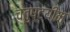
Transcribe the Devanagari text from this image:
चतुष्टयीम